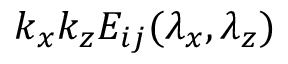
k _ { x } k _ { z } E _ { i j } ( \lambda _ { x } , \lambda _ { z } )